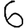
Digit: 6